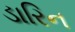
ડારિન